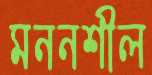
মননশীল